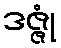
ဒဇ္ဇုံ